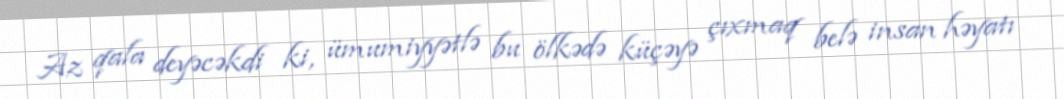
Az qala deyəcəkdi ki, ümumiyyətlə bu ölkədə küçəyə çıxmaq belə insan həyatı